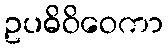
ဥပဓိဝိဝေကာ